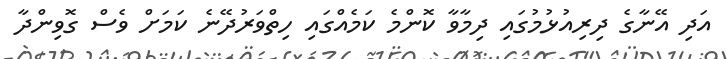
އަދި އޭނާގެ ދިރިއުޅުމުގައި ދިމާވާ ކޮންމެ ކަމެއްގައި ހިތްވަރުދޭނެ ކަމަށް ވެސް ގޮވިންދާ